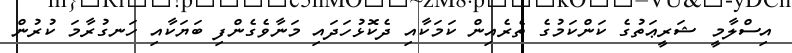
އިސްލާމީ ޝަރީޢަތުގެ ކަންކަމުގެ ތެރެއިން ކަމަކާއި ދެކޮޅުހަދައި މަނާވެގެންފި ބަޔަކާއި ހަނގުރާމަ ކުރުން